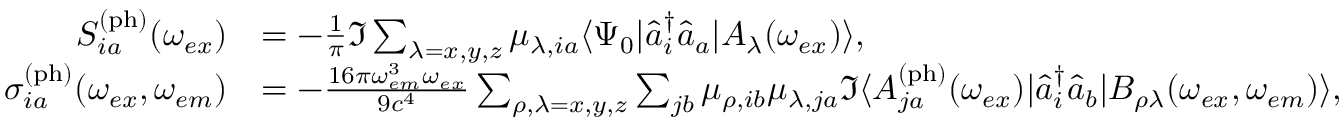
\begin{array} { r l } { S _ { i a } ^ { \mathrm { ( p h ) } } ( \omega _ { e x } ) } & { = - \frac { 1 } { \pi } \Im \sum _ { \lambda = x , y , z } \mu _ { \lambda , i a } \langle \Psi _ { 0 } | \hat { a } _ { i } ^ { \dagger } \hat { a } _ { a } | A _ { \lambda } ( \omega _ { e x } ) \rangle , } \\ { \sigma _ { i a } ^ { \mathrm { ( p h ) } } ( \omega _ { e x } , \omega _ { e m } ) } & { = - \frac { 1 6 \pi \omega _ { e m } ^ { 3 } \omega _ { e x } } { 9 c ^ { 4 } } \sum _ { \rho , \lambda = x , y , z } \sum _ { j b } \mu _ { \rho , i b } \mu _ { \lambda , j a } \Im \langle A _ { j a } ^ { \mathrm { ( p h ) } } ( \omega _ { e x } ) | \hat { a } _ { i } ^ { \dagger } \hat { a } _ { b } | B _ { \rho \lambda } ( \omega _ { e x } , \omega _ { e m } ) \rangle , } \end{array}